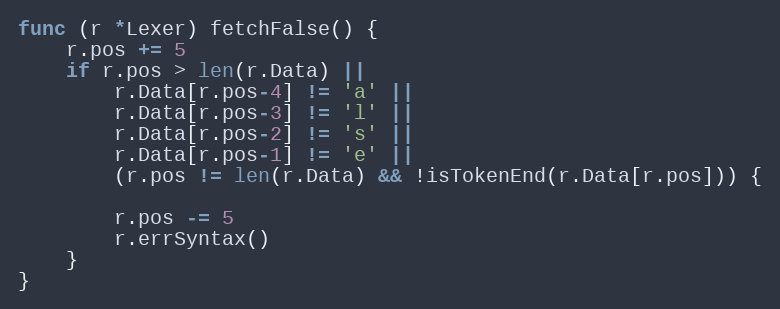
Language: Go
func (r *Lexer) fetchFalse() {
	r.pos += 5
	if r.pos > len(r.Data) ||
		r.Data[r.pos-4] != 'a' ||
		r.Data[r.pos-3] != 'l' ||
		r.Data[r.pos-2] != 's' ||
		r.Data[r.pos-1] != 'e' ||
		(r.pos != len(r.Data) && !isTokenEnd(r.Data[r.pos])) {

		r.pos -= 5
		r.errSyntax()
	}
}